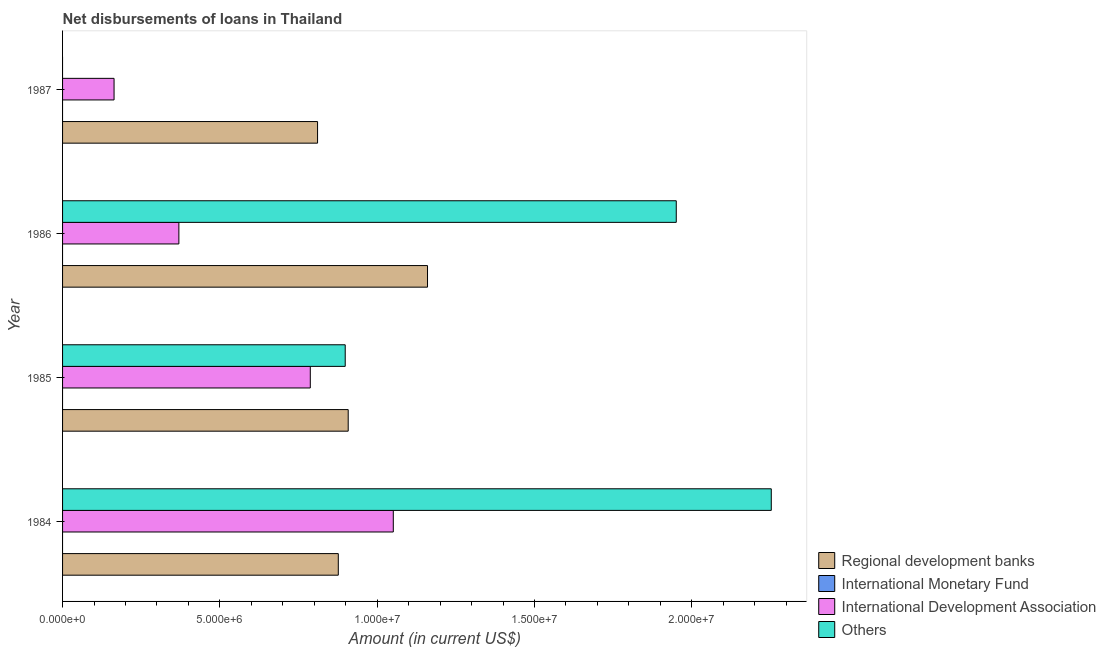
| Year | Regional development banks | International Monetary Fund | International Development Association | Others |
 | --- | --- | --- | --- | --- |
 | 1984 | 8.76e+06 | -1.31e+07 | 1.05e+07 | 2.25e+07 |
 | 1985 | 9.08e+06 | -2.24e+07 | 7.87e+06 | 8.98e+06 |
 | 1986 | 1.16e+07 | -3.06e+07 | 3.7e+06 | 1.95e+07 |
 | 1987 | 8.10e+06 | -3.44e+07 | 1.64e+06 | -3.05e+06 |